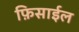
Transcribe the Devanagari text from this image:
फ़िसाईल